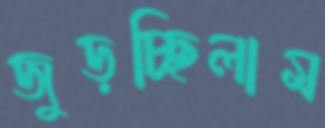
জুড়চ্ছিলাম